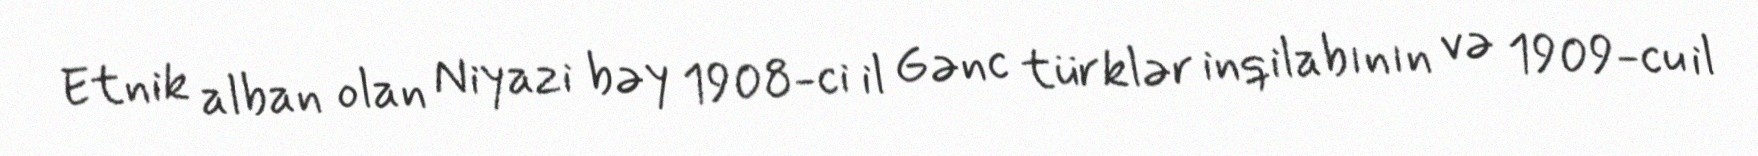
Etnik alban olan Niyazi bəy 1908-ci il Gənc türklər inqilabının və 1909-cu il